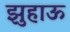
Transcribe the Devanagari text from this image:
झुहाऊ